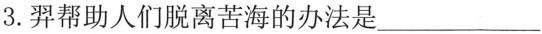
3.羿帮助人们脱离苦海的办法是___